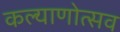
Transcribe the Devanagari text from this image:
कल्याणोत्सव